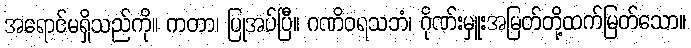
အရောင်မရှိသည်ကို။ ကတာ၊ ပြုအပ်ပြီ။ ဂဏိဝရသဘံ၊ ဂိုဏ်းမှူးအမြတ်တို့ထက်မြတ်သော။